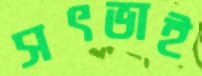
সৎভাই